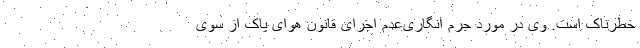
خطرناک است. وی در مورد جُرم انگاری‌عدم اجرای قانون هوای پاک از سوی